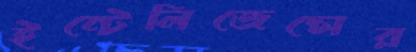
ইন্টেলিজেন্সের